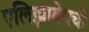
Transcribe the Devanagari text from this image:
एलिझाबेथची